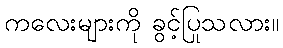
ကလေးများကို ခွင့်ပြုသလား။